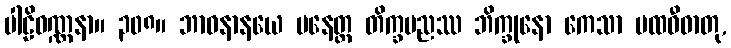
ပါဠိဝဏ္ဏနာ။ ၃၀၈။ ဘာဝနာနယေ ပနေတ္ထ တိက္ခပညဿ ဘိက္ခုနော ကေသာ ပထဝီဓာတု,